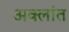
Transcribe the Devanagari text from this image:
अक्लांत